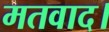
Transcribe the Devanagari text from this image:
मतवाद।